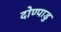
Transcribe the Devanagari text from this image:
दोण्पाडु